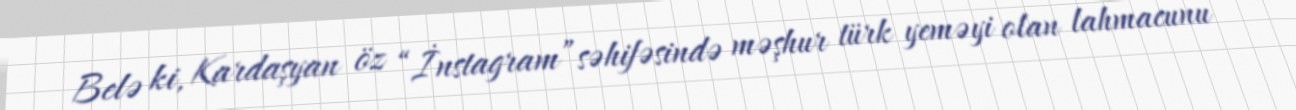
Belə ki, Kardaşyan öz “İnstagram”səhifəsində məşhur türk yeməyi olan lahmacunu